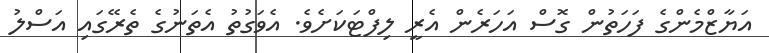
އަޔާޒްމެންގެ ފަހަތުން ގޮސް އަހަރެން އެރީ ލިފްޓަކަށެވެ. އެވަގުތު އެތަނުގެ ތެރޭގައި އަސްލު